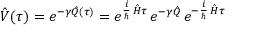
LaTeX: \hat { V } ( \tau ) = e ^ { - \gamma \hat { Q } ( \tau ) } = e ^ { \frac { i } { \hbar } \, \hat { H } \tau } \, e ^ { - \gamma \hat { Q } } \, e ^ { - \frac { i } { \hbar } \, \hat { H } \tau }